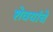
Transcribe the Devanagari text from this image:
शेवयांचे